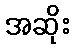
အဆိုး